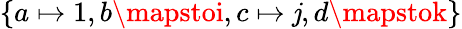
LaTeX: \{ a\mapsto1,b\mapstoi,c\mapsto\mathit{j},d\mapstok\}